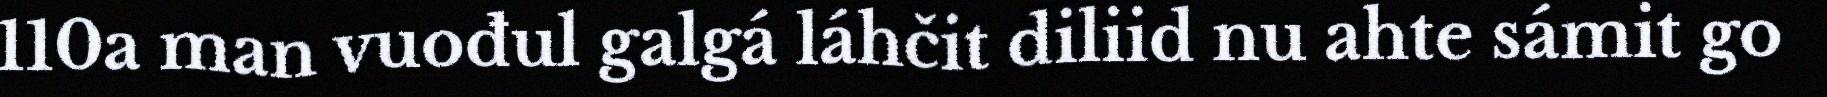
110a man vuođul galgá láhčit diliid nu ahte sámit go